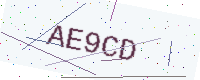
Text: AE9CD